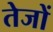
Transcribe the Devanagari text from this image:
तेजों